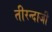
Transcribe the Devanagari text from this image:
तीरन्दाजी